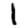
Digit: 1